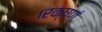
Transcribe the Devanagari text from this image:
।रक्षणं